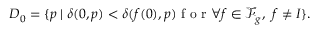
D _ { 0 } = \{ p \mid \delta ( 0 , p ) < \delta ( f ( 0 ) , p ) \mathrm { ~ f ~ o ~ r ~ } \forall f \in \mathscr { F } _ { g } , ~ f \neq I \} .